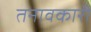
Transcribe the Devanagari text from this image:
तनावकारी